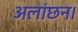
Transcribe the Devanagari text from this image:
अलांछन।